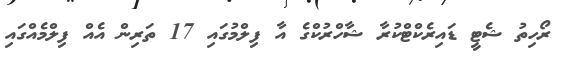
ރޯހިތު ޝެޓީ ޑައިރެކްޓްކުރާ ޝާހްރުކްގެ އާ ފިލްމުގައި 17 ތަރިން އެއް ފިލްމެއްގައި